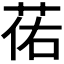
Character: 𫈈